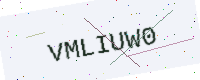
Text: VMLIUW0